Punjab Mental Hospital Lahore 1922-31 - 1922-1931
Year: 1922
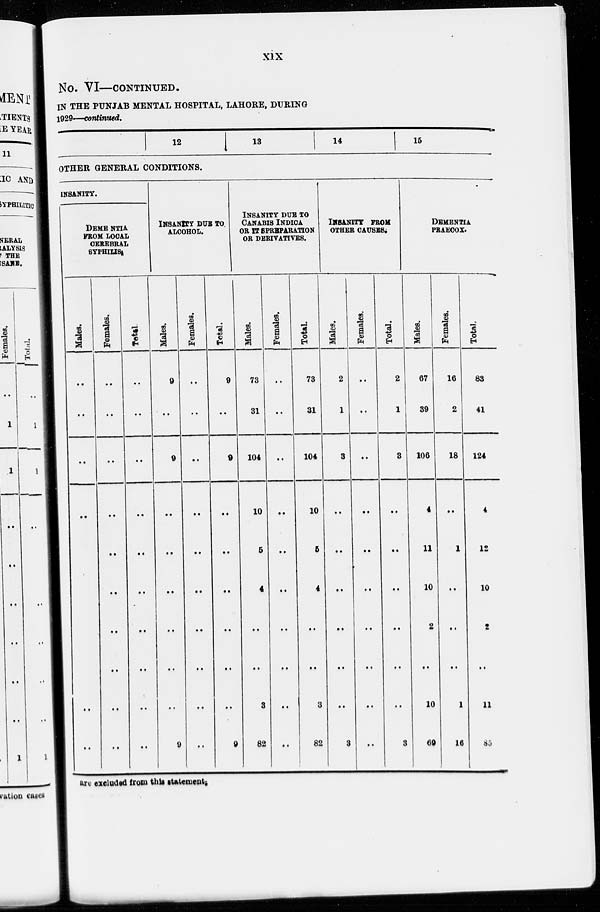
xix
NO. VI—CONTINUED.
IN THE PUNJAB MENTAL HOSPITAL, LAHORE, DURING
1929—continued.
12
13
14 15
OTHER GENERAL CONDITIONS.
INSANITY.
DEME NTIA
FROM LOCAL
CEREBRAL
SYPHILIS.
Males.
..
..
..
..
..
..
Females.
..
..
..
..
..
..
..
..
..
..
Total.
..
..
..
..
..
..
..
..
..
..
INSANITY DUE TO
ALCOHOL.
Males.
9
..
9
..
..
..
..
..
..
9
Females.
..
..
..
..
..
..
..
..
..
..
Total.
9
..
9
..
..
..
..
..
..
9
INSANITY DUE TO
CANABIS INDICA
OR IT SPREPARATION
OR DERIVATIVES.
Males.
73
31
104
10
5
4
..
..
3
32
Females.
..
..
..
..
..
..
..
..
..
..
Total.
73
31
104
10
5
4
..
..
3
32
INSANITY FROM
OTHER CAUSES.
Males.
2
1
3
..
..
..
..
..
..
3
Females.
..
..
..
..
..
..
..
..
..
...
Total.
2
1
3
..
..
..
..
..
..
3
DEMENTIA
PRAECOX.
Males.
67
39
106
4
11
10
2
..
10
69
Females.
16
2
18
..
1
..
..
..
1
16
Total.
83
41
124
4
12
10
2
..
11
85
are excluded from this statement